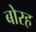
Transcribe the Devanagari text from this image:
बोरह